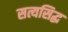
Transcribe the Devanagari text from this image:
सत्यसिद्ध